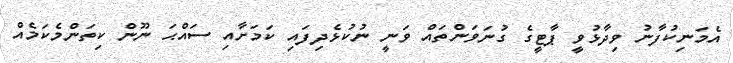
އެމަނިކުފާނު ވިދާޅުވީ ޕާޓީގެ ގުނަވަންތައް ވަނީ ނުކުޅެދިފައި ކަމަށާއި ސައްޙަ ނޫން ކިތަންމެކަމެއް